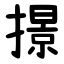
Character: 撔